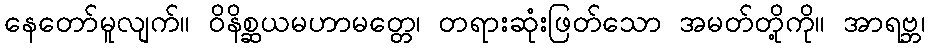
နေတော်မူလျက်။ ဝိနိစ္ဆယမဟာမတ္တေ၊ တရားဆုံးဖြတ်သော အမတ်တို့ကို။ အာရဗ္ဘ၊